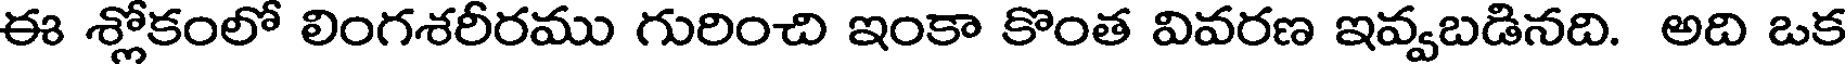
ఈ శ్లోకంలో లింగశరీరము గురించి ఇంకా కొంత వివరణ ఇవ్వబడినది. అది ఒక